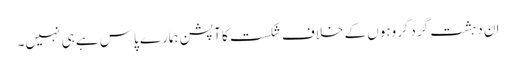
ان دہشت گردگروہوں کے خلاف شکست کا آپشن ہمارے پاس ہے ہی نہیں۔